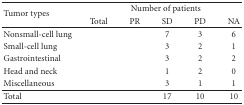
<table><thead><tr><td rowspan="2"><b>Tumor types</b></td><td colspan="5"><b>Numberof patients</b></td></tr><tr><td><b>Total</b></td><td><b>PR</b></td><td><b>SD</b></td><td><b>PD</b></td><td><b>NA</b></td></tr></thead><tbody><tr><td>Nonsmall-cell lung</td><td>[EMPTY_CELL]</td><td>[EMPTY_CELL]</td><td>7</td><td>3</td><td>6</td></tr><tr><td>Small-cell lung</td><td>[EMPTY_CELL]</td><td>[EMPTY_CELL]</td><td>3</td><td>2</td><td>1</td></tr><tr><td>Gastrointestinal </td><td>[EMPTY_CELL]</td><td>[EMPTY_CELL]</td><td>3</td><td>2</td><td>2</td></tr><tr><td>Head and neck</td><td>[EMPTY_CELL]</td><td>[EMPTY_CELL]</td><td>1</td><td>2</td><td>0</td></tr><tr><td>Miscellaneous</td><td>[EMPTY_CELL]</td><td>[EMPTY_CELL]</td><td>3</td><td>1</td><td>1</td></tr><tr><td>Total</td><td>[EMPTY_CELL]</td><td>[EMPTY_CELL]</td><td>17</td><td>10</td><td>10</td></tr></tbody></table>